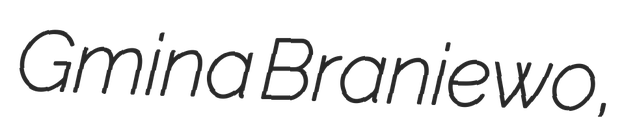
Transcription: Gmina Braniewo,